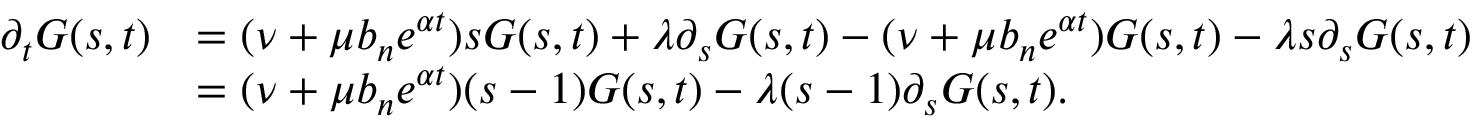
\begin{array} { r l } { \partial _ { t } G ( s , t ) } & { = ( \nu + \mu b _ { n } e ^ { \alpha t } ) s G ( s , t ) + \lambda \partial _ { s } G ( s , t ) - ( \nu + \mu b _ { n } e ^ { \alpha t } ) G ( s , t ) - \lambda s \partial _ { s } G ( s , t ) } \\ & { = ( \nu + \mu b _ { n } e ^ { \alpha t } ) ( s - 1 ) G ( s , t ) - \lambda ( s - 1 ) \partial _ { s } G ( s , t ) . } \end{array}